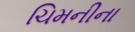
ચિમનીના